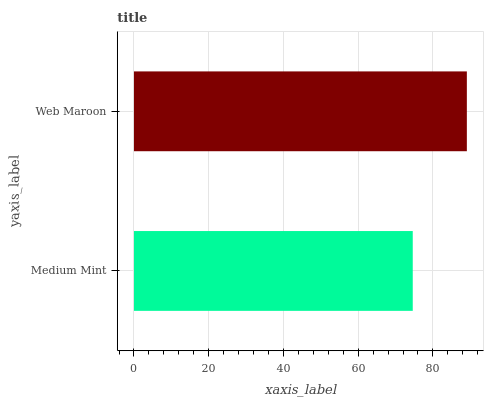
| yaxis_label | bars |
 | --- | --- |
 | Medium Mint | 74.6 |
 | Web Maroon | 89.1 |